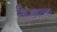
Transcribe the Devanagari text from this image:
किड्याचा